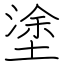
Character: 塗